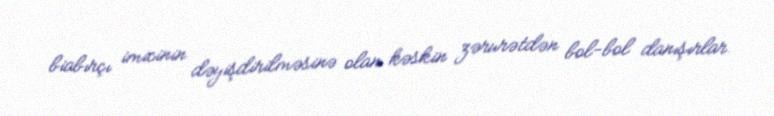
biabırçı imicinin dəyişdirilməsinə olan kəskin zərurətdən bol-bol danışırlar.